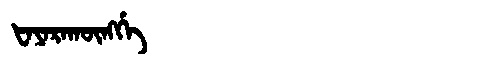
Manchu: ᡶᠠᠶᠠᡵᠠᡴᡡᠩᡤᡝ
Romanization: FAYARAKŪNGGE